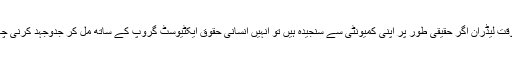
ابن الوقت لیڈران اگر حقیقی طور پر اپنی کمیونٹی سے سنجیدہ ہیں تو انہیں انسانی حقوق ایکٹیوسٹ گروپ کے ساتھ مل کر جدوجہد کرنی چاہیے۔